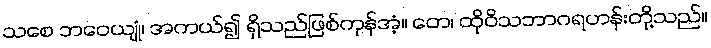
သစေ ဘဝေယျုံ၊ အကယ်၍ ရှိသည်ဖြစ်ကုန်အံ့။ တေ၊ ထိုဝိသဘာဂရဟန်းတို့သည်။